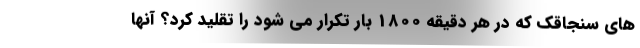
های سنجاقک که در هر دقیقه 1800 بار تکرار می شود را تقلید کرد؟ آنها